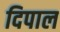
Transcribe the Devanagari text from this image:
दिपाल